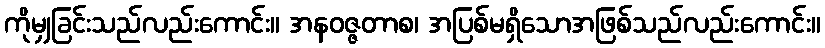
ကိုမျှခြင်းသည်လည်းကောင်း။ အနဝဇ္ဇတာစ၊ အပြစ်မရှိသောအဖြစ်သည်လည်းကောင်း။